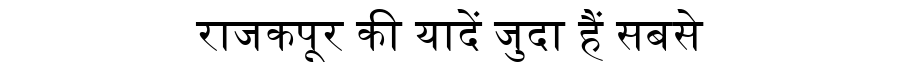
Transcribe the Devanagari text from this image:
राजकपूर की यादें जुदा हैं सबसे